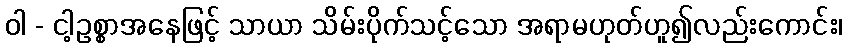
ဝါ - ငါ့ဥစ္စာအနေဖြင့် သာယာ သိမ်းပိုက်သင့်သော အရာမဟုတ်ဟူ၍လည်းကောင်း၊